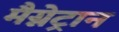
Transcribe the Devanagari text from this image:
मैग्नेट्रान